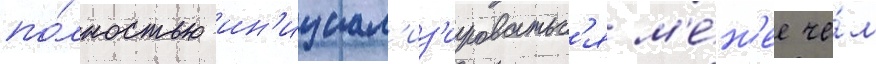
по́лностью ин'ициал'из'ироватьс'я м'е́н'ее че́м